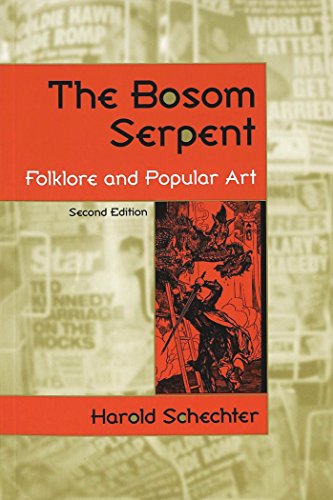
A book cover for The Bosom Serpent: Folklore and Popular Art; Harold Schechter; Humor & Entertainment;